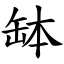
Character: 缽